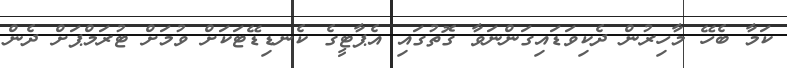
ކަމާ ބެހޭ މާހިރުން ދެކިވަޑައިގަންނަވާ ގޮތުގައި އެޕާޓީގެ ކެނޑިޑޭޓަކަށް ވުމަށް ޓުރަމްޕަށް ދެން